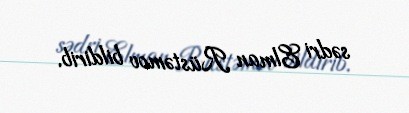
sədri Elman Rüstəmov bildirib.